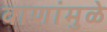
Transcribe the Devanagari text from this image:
वाणांमुळे